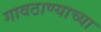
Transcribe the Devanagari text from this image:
गावठाण्याच्या